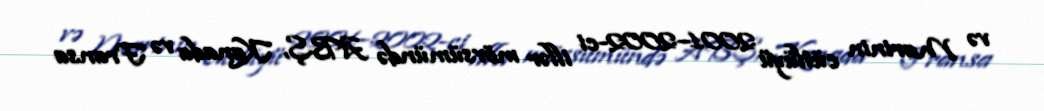
və Marinin cütlüyü 2001–2002-ci illər mövsümündə ABŞ, Kanada və Fransa